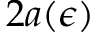
2 a ( \epsilon )